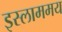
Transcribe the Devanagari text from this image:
इस्लाममय